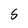
Character: S